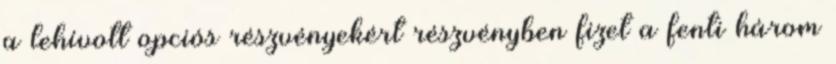
a lehívott opciós részvényekért részvényben fizet a fenti három